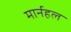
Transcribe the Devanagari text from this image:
मार्नहल